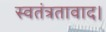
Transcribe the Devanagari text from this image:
स्वतंत्रतावाद।